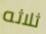
ثلاثه